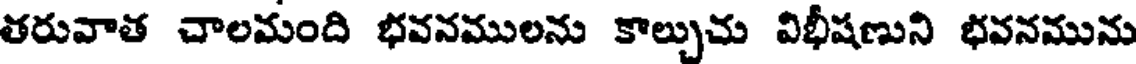
తరువాత చాలమంది భవనములను కాల్చుచు విభీషణుని భవనమును